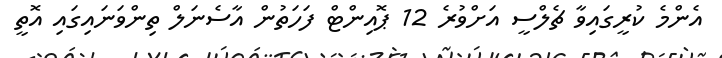
އެންމެ ކުރީގައިވާ ޗެލްސީ އަށްވުރެ 12 ޕޮއިންޓް ފަހަތުން އާސެނަލް ތިންވަނައިގައި އޮތީ